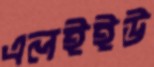
এলইইউ